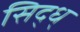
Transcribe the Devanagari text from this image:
सिद्ध्